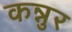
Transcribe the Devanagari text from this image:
कन्नुर